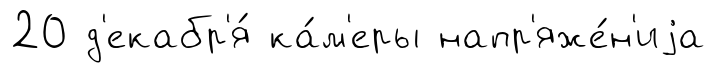
20 д'екабр'я́ ка́м'еры напр'яже́н'иjа